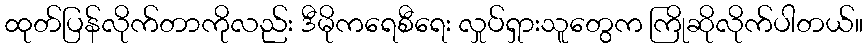
ထုတ်ပြန်လိုက်တာကိုလည်း ဒီမိုကရေစီရေး လှုပ်ရှားသူတွေက ကြိုဆိုလိုက်ပါတယ်။